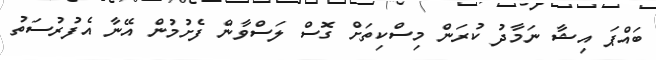
ބައްޕަ އިޝާ ނަމާދު ކުރަން މިސްކިތަށް ގޮސް ލަސްވާން ފެށުމުން އޭނާ އެފުރުސަތު